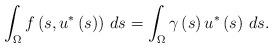
LaTeX: \begin{align*}\int_{\Omega}f\left( s,u^{\ast}\left( s\right) \right) \,ds=\int_{\Omega}\gamma\left( s\right) u^{\ast}\left( s\right) \,ds.\end{align*}